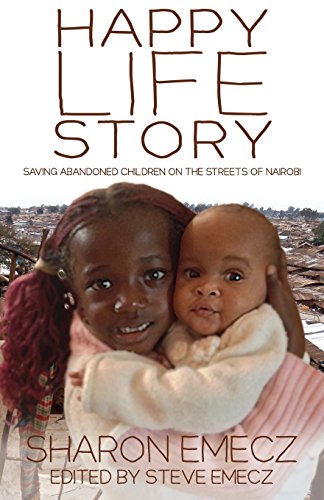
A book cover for The Happy Life Story: Saving abandoned children on the streets of Nairobi; Sharon Emecz; Travel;